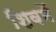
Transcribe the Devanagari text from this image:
शिवमें